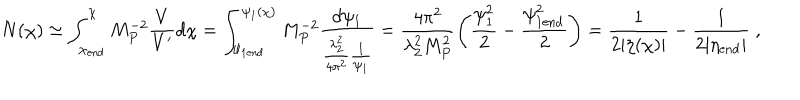
LaTeX: N ( \chi ) \simeq \int _ { \chi _ { \mathrm { e n d } } } ^ { \chi } M _ { P } ^ { - 2 } \frac { V } { V ^ { \prime } } d \chi = \int _ { \psi _ { 1 \mathrm { e n d } } } ^ { \psi _ { 1 } ( \chi ) } M _ { P } ^ { - 2 } \frac { d \psi _ { 1 } } { \frac { \lambda _ { 2 } ^ { 2 } } { 4 \pi ^ { 2 } } \frac { 1 } { \psi _ { 1 } } } = \frac { 4 \pi ^ { 2 } } { \lambda _ { 2 } ^ { 2 } M _ { P } ^ { 2 } } \left( \frac { \psi _ { 1 } ^ { 2 } } { 2 } - \frac { \psi _ { 1 \mathrm { e n d } } ^ { 2 } } { 2 } \right) = \frac { 1 } { 2 | \eta ( \chi ) | } - \frac { 1 } { 2 | \eta _ { \mathrm { e n d } } | } \; ,